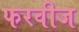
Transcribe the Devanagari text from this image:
फरवीज